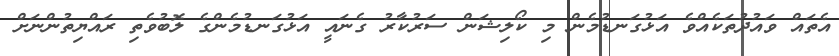
އެތައް ވައުދުތަކެއްވެ އަޅުގަނޑުމެން މި ކޯލިޝަން ސަރުކާރު ގެނައީ އަޅުގަނޑުމެންގެ ލޮބުވެތި ރައްޔިތުންނަށް